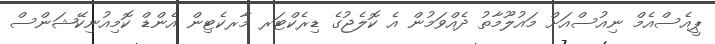
ޕީއެސްއެމް ނިއުސްއަށް މައުލޫމާތު ދެއްވަމުން އެ ކޮލެޖުގެ ޑިރެކްޓަރ މާރކެޓިން އެންޑް ކޮމިއުނިކޭޝަންސް